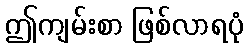
ဤကျမ်းစာ ဖြစ်လာရပုံ